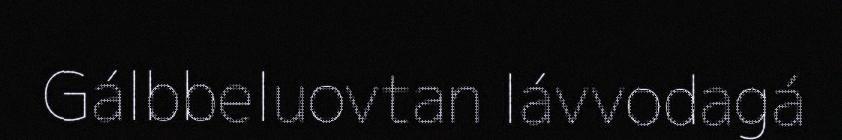
Gálbbeluovtan lávvodagá